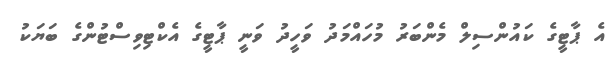
އެ ޕާޓީގެ ކައުންސިލް މެންބަރު މުހައްމަދު ވަހީދު ވަނީ ޕާޓީގެ އެކްޓިވިސްޓުންގެ ބަޔަކު